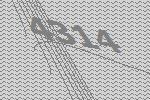
4314